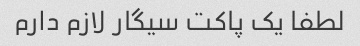
لطفا یک پاکت سیگار لازم دارم